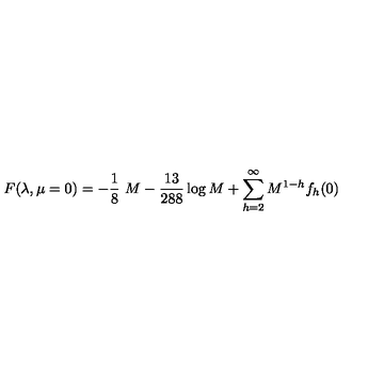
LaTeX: F ( \lambda , \mu = 0 ) = - { \frac { 1 } { 8 } } \ M - { \frac { 1 3 } { 2 8 8 } } \log M + \sum _ { h = 2 } ^ { \infty } M ^ { 1 - h } f _ { h } ( 0 )